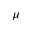
\mu